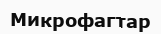
Микрофагтар